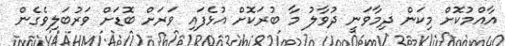
އާއްމުކޮށް މިކަން ދިމާވަނީ ދުވާލު މާ ބުރަކޮށް އުޅެފައި ވަރަށް ބޮޑަށް ވަރުބަލިވެގެން